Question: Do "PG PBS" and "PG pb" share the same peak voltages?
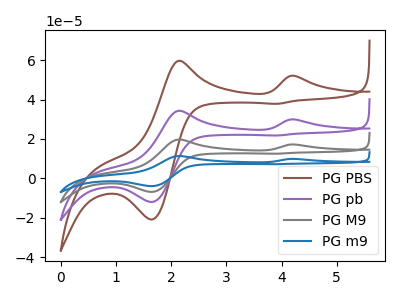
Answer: <think>The brown curve "PG PBS" has anodic peaks at (4.25V, 52.00uA) (2.15V, 59.70uA) and cathodic peaks at (1.65V, -20.90uA) (3.90V, 37.85uA). The purple curve "PG pb" has anodic peaks at (4.25V, 29.90uA) (2.15V, 34.30uA) and cathodic peaks at (1.65V, -12.00uA) (3.90V, 21.75uA). The gray curve "PG M9" has anodic peaks at (4.25V, 59.75uA) (2.15V, 68.60uA) and cathodic peaks at (1.65V, -24.00uA) (3.90V, 43.50uA). The blue curve "PG m9" has anodic peaks at (4.25V, 89.65uA) (2.15V, 102.90uA) and cathodic peaks at (1.65V, -36.05uA) (3.90V, 65.25uA).</think>
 <answer>Yes, "PG PBS" have a peak in "PG pb" at the same potential.</answer>
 <eval>match</eval>